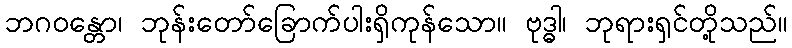
ဘဂဝန္တော၊ ဘုန်းတော်ခြောက်ပါးရှိကုန်သော။ ဗုဒ္ဓါ၊ ဘုရားရှင်တို့သည်။